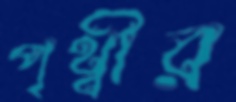
পৃথ্বীর